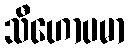
သီဟောပမာ